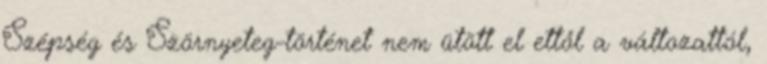
Szépség és Szörnyeteg-történet nem ütött el ettől a változattól,